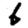
Digit: 6